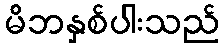
မိဘနှစ်ပါးသည်